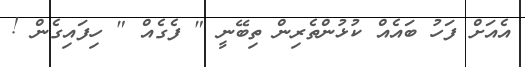
އެއަށް ފަހު ބައެއް ކުޅުންތެރިން ތިބޭނީ " ފެގެއް " ހިފައިގެން !